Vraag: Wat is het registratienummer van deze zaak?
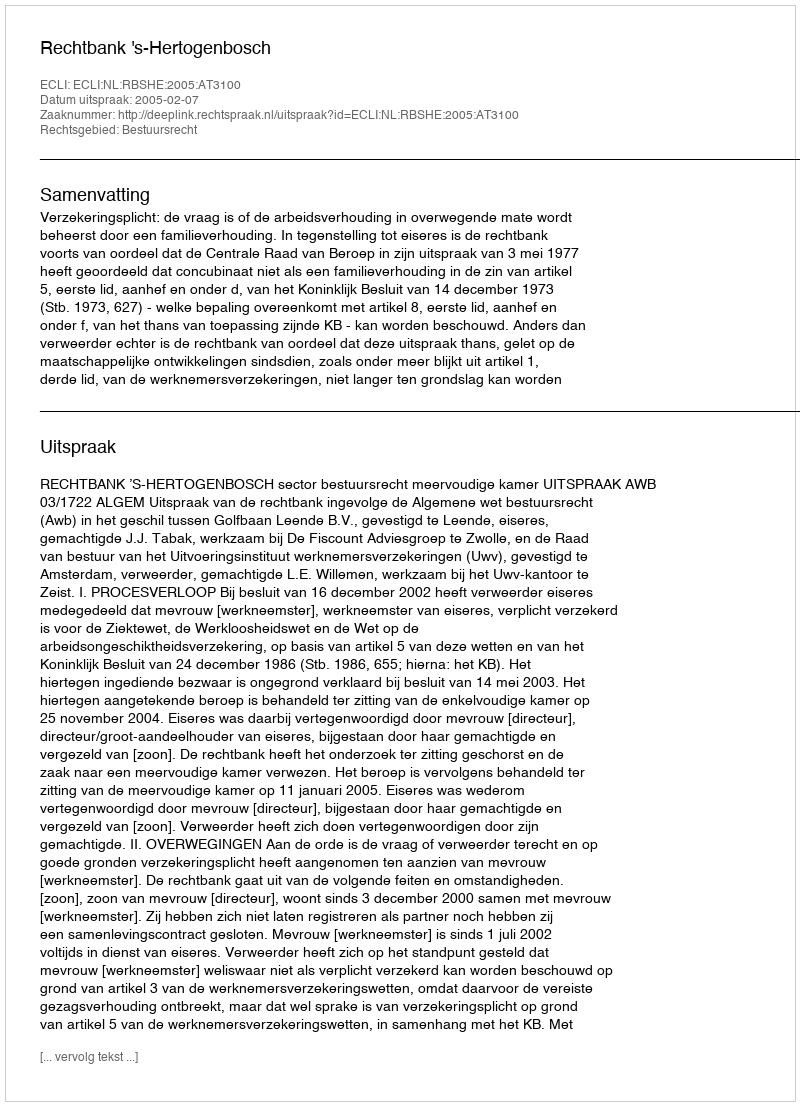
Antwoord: http://deeplink.rechtspraak.nl/uitspraak?id=ECLI:NL:RBSHE:2005:AT3100